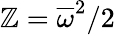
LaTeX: \mathbb{Z}=\overline{{{\omega}}}^{2}/2